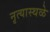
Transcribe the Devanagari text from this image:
नृत्यास्थळे